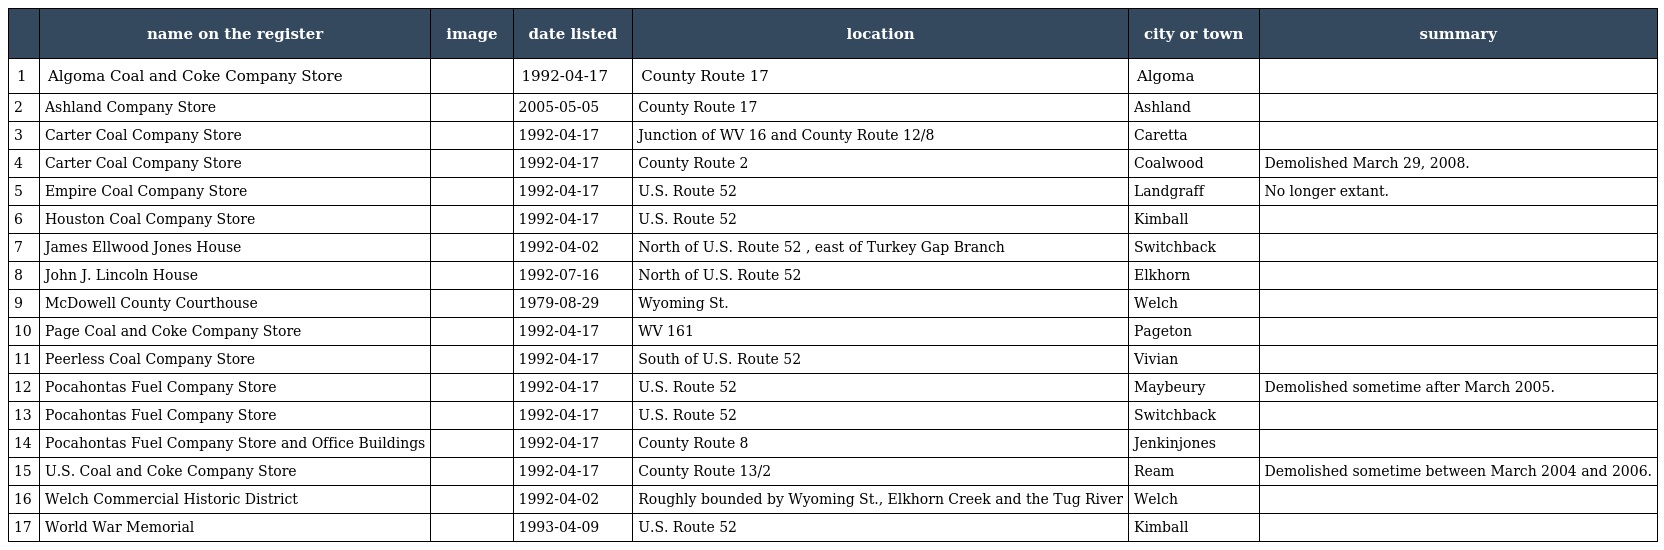
|  | name on the register | image | date listed | location | city or town | summary |
 | --- | --- | --- | --- | --- | --- | --- |
 | 1 | Algoma Coal and Coke Company Store |  | 1992-04-17 | County Route 17 | Algoma |  |
 | 2 | Ashland Company Store |  | 2005-05-05 | County Route 17 | Ashland |  |
 | 3 | Carter Coal Company Store |  | 1992-04-17 | Junction of WV 16 and County Route 12/8 | Caretta |  |
 | 4 | Carter Coal Company Store |  | 1992-04-17 | County Route 2 | Coalwood | Demolished March 29, 2008. |
 | 5 | Empire Coal Company Store |  | 1992-04-17 | U.S. Route 52 | Landgraff | No longer extant. |
 | 6 | Houston Coal Company Store |  | 1992-04-17 | U.S. Route 52 | Kimball |  |
 | 7 | James Ellwood Jones House |  | 1992-04-02 | North of U.S. Route 52 , east of Turkey Gap Branch | Switchback |  |
 | 8 | John J. Lincoln House |  | 1992-07-16 | North of U.S. Route 52 | Elkhorn |  |
 | 9 | McDowell County Courthouse |  | 1979-08-29 | Wyoming St. | Welch |  |
 | 10 | Page Coal and Coke Company Store |  | 1992-04-17 | WV 161 | Pageton |  |
 | 11 | Peerless Coal Company Store |  | 1992-04-17 | South of U.S. Route 52 | Vivian |  |
 | 12 | Pocahontas Fuel Company Store |  | 1992-04-17 | U.S. Route 52 | Maybeury | Demolished sometime after March 2005. |
 | 13 | Pocahontas Fuel Company Store |  | 1992-04-17 | U.S. Route 52 | Switchback |  |
 | 14 | Pocahontas Fuel Company Store and Office Buildings |  | 1992-04-17 | County Route 8 | Jenkinjones |  |
 | 15 | U.S. Coal and Coke Company Store |  | 1992-04-17 | County Route 13/2 | Ream | Demolished sometime between March 2004 and 2006. |
 | 16 | Welch Commercial Historic District |  | 1992-04-02 | Roughly bounded by Wyoming St., Elkhorn Creek and the Tug River | Welch |  |
 | 17 | World War Memorial |  | 1993-04-09 | U.S. Route 52 | Kimball |  |